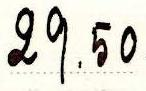
29.50